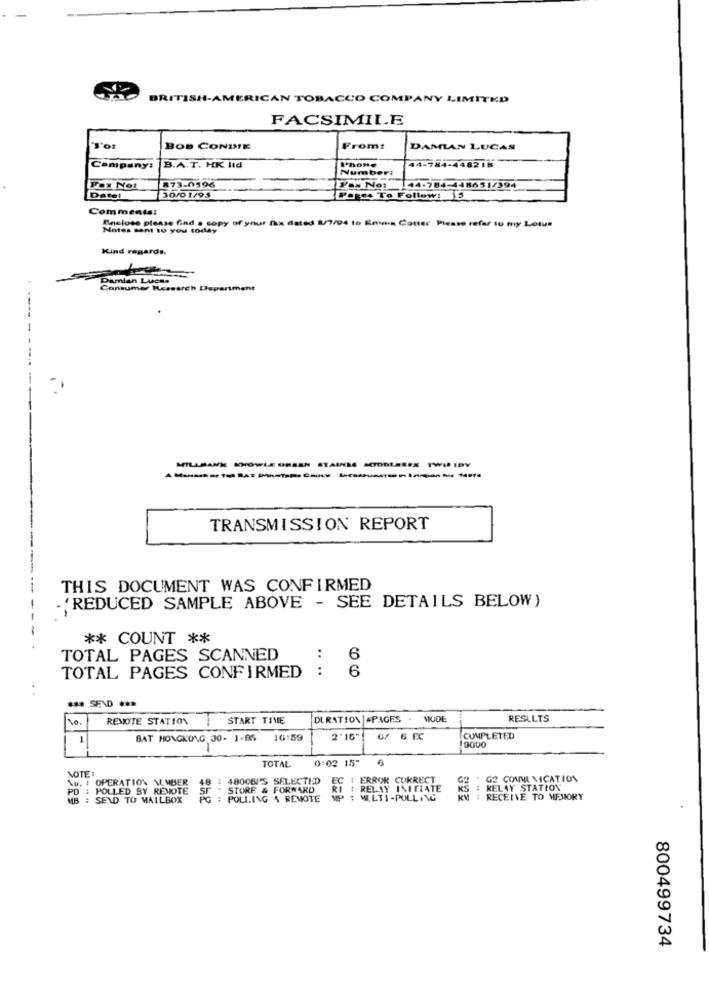
BRITISH-AMERICAN TOBACCO COMPANY LIMITED
FACSIMILE
Tor
BOB CONDIE
From:
DAMIAN LUCAS
Company: B.A.T. HK ltd
Number:
44-784-4482 18
873-0396
Datel
30/01/95
Pages To Follow: S
Comments:
Enelose please find a copy of your fax dated 8/7/94 to Emna Couter Please refer to my Lotus
Notes sent to you today
Kind regards.
Damian Lucha
Consumer Research Department
------
---
MILLBANK KNOWLE GREEN STAINSS MIDDLESEX TWI IDY
TRANSMISSION REPORT
THIS DOCUMENT WAS CONFIRMED
.'REDUCED SAMPLE ABOVE - SEE DETAILS BELOW)
** COUNT **
TOTAL PAGES SCANNED
..
6
:
6
TOTAL PAGES CONFIRMED
10.1
REMOTE STATION
START TIME
DURATION =PAGES . MUDE
RESULTS
1
BAT HONGKONG 30- 1-05
16:59
2'16"!
/ 6 EC
COMPLETED
9000
TOTAL
0:02 15"
NOTE:
OPERATION MEMBER
48
4800BI'S SELECTED
: ERROR CORRECT
G2 COMME MICATION
PD : POLLED BY REMOTE
STORE & FORWARD
RELAY INETIATE
: RELAY STATION
MB : SEND TO MAILBOX
POLLING A REMOTE
: MULTI -POLLING
: RECEIVE TO MEMORY
800499734